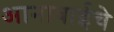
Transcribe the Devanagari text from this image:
आनाबाईचे